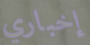
إخباري